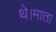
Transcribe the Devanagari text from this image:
थे।माता